Annual statistical returns and brief notes on vaccination in Bengal - 1909-1929
Year: 1909
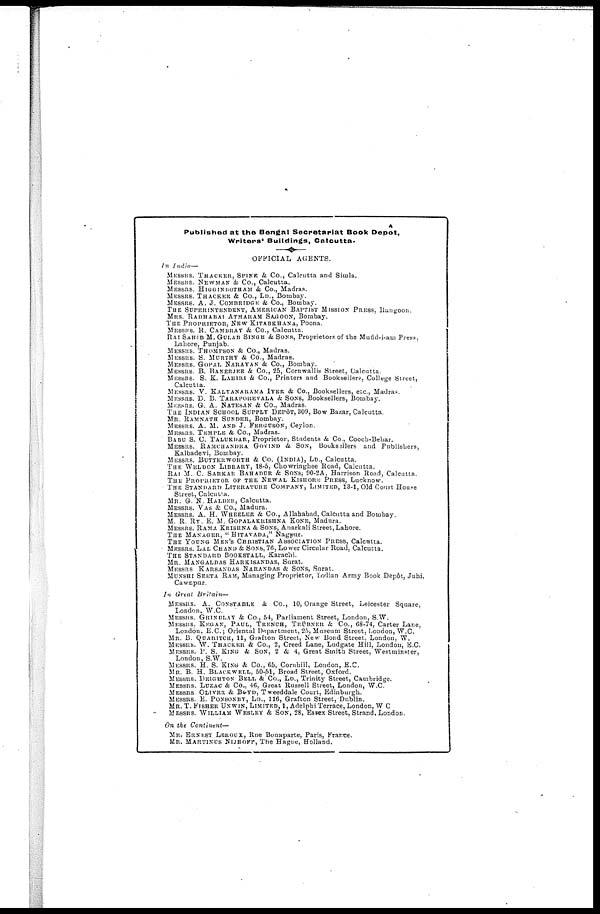
Published at the Bengal Secretariat Book Depôt,
Writers' Buildings, Calcutta.
OFFICIAL AGENTS.
In India—
MESSRS. THACKER, SPINK & Co., Calcutta and Simla.
MESSRS. NEWMAN & Co., Calcutta.
MESSRS. HIGGINBOTHAM & Co., Madras.
MESSRS. THACKER & Co., LD., Bombay.
MESSRS. A. J. COMBRIDGE & Co., Bombay.
THE SUPERINTENDENT, AMERICAN BAPTIST MISSION PRESS, Rangoon.
MRS. RADHABAI ATMARAM SAGOON, Bombay.
THE PROPRIETOR, NEW KITABKHANA, Poona.
MESSRS. R. CAMBRAY & Co., Calcutta.
RAI SAHIB M. GULAB SINGH & SONS, Proprietors of the Mufid-i-am Press,
Lahore, Punjab.
MESSRS. THOMPSON & Co., Madras.
MESSRS. S. MURTHY & Co., Madras.
MESSRS. GOPAL NARAYAN & Co., Bombay.
MESSRS. B. BANERJEE & Co., 25, Cornwallis Street, Calcutta.
MESSRS. S. K. LAHIRI & Co., Printers and Booksellers, College Street,
Calcutta.
MESSRS. V. KALYANARAMA IYER & Co., Booksellers, etc., Madras.
MESSRS. D. B. TARAPOREVALA & SONS, Booksellers, Bombay.
MESSRS. G. A. NATESAN & Co., Madras.
THE INDIAN SCHOOL SUPPLY DEPÔT, 309, Bow Bazar, Calcutta.
MR. RAMNATH SUNDER, Bombay.
MESSRS. A. M. AND J. FERGUSON, Ceylon.
MESSRS. TEMPLE & Co., Madras.
BABU S. C. TALUKDAR, Proprietor, Students & Co., Cooch-Behar.
MESSRS. RAMCHANDRA GOVIND & SON, Booksellers and Publishers,
Kalbadevi, Bombay.
MESSRS. BUTTERWORTH & Co. (INDIA), LD., Calcutta.
THE WELDON LIBRARY, 18-5, Chowringhee Road, Calcutta.
RAI M. C. SARKAR BAHADUR & SONS; 90-2A, Harrison Road, Calcutta.
THE PROPRIETOR OF THE NEWAL KISHORE PRESS, Lucknow.
THE STANDARD LITERATURE COMPANY, LIMITED, 13-1, Old Court House
Street, Calcutta.
MR. G. N. HALDER, Calcutta.
MESSRS. VAS & Co., Madura.
MESSRS. A. H. WHEELER & Co., Allahabad, Calcutta and Bombay.
M. R. RY. E. M. GOPALAKRISHNA KONE, Madura.
MESSRS. RAMA KRISHNA & SONS, Anarkali Street, Lahore.
THE MANAGER, " HITAVADA," Nagpur.
THE YOUNG MEN'S CHRISTIAN ASSOCIATION PRESS, Calcutta.
MESSRS. LAL CHAND & SONS, 76, Lower Circular Road, Calcutta.
THE STANDARD BOOKSTALL, Karachi.
MR. MANGALDAS HARKISANDAS, Surat.
MESSRS KARSANDAS NARANDAS & SONS, Surat.
MUNSHI SEETA RAM, Managing Proprietor, Indian Army Book Depôt, Juhi,
Cawnpur.
In Great
Britain—
MESSRS. A. CONSTABLE & Co., 10, Orange Street, Leicester Square,
London, W.C.
MESSRS. GRINDLAY & Co., 54, Parliament Street, London, S.W.
MESSRS. KEGAN, PAUL, TRENCH, TRÜBNER & Co., 68-74, Carter Lane,
London, E.C. ; Oriental Department, 25, Museum Street, London, W.C.
MR. B. QUARITCH, 11, Grafton Street, New Bond Street, London, W.
MESSRS. W. THACKER & Co., 2, Creed Lane, Ludgate Hill, London, E.C.
MESSRS. P. S. KING & SON, 2 & 4, Great Smith Street, Westminster,
London, S.W.
MESSRS. H. S. KING & Co., 65, Cornhill, London, E.C.
MR. B. H. BLACKWELL, 50-51, Broad Street, Oxford.
MESSRS. DEIGHTON BELL & Co., LD., Trinity Street, Cambridge.
MESSRS. LUZAC & Co., 46, Great Russell Street, London, W.C.
MESSRS. OLIVER & BOYD, Tweeddale Court, Edinburgh.
MESSRS. E. PONSONBY, LD., 116, Grafton Street, Dublin.
MR. T. FISHER UNWIN, LIMITED, 1, Adelphi Terrace, London, W C
MESSRS. WILLIAM WESLEY & SON, 28, Essex Street, Strand, London.
On the Continent—
MR. ERNEST LEROUX, Rue Bonaparte, Paris, France.
MR. MARTINUS NIJHOFF, The Hague, Holland.